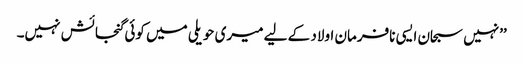
’’نہیں سبحان ایسی نافرمان اولاد کے لیے میری حویلی میں کوئی گنجائش نہیں۔